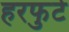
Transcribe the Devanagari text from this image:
हरफुर्ट